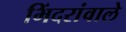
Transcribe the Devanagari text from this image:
भिंदरांवाले